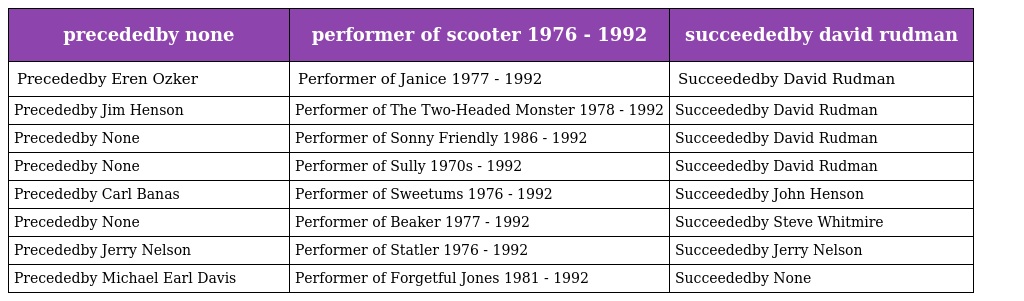
| precededby none | performer of scooter 1976 - 1992 | succeededby david rudman |
 | --- | --- | --- |
 | Precededby Eren Ozker | Performer of Janice 1977 - 1992 | Succeededby David Rudman |
 | Precededby Jim Henson | Performer of The Two-Headed Monster 1978 - 1992 | Succeededby David Rudman |
 | Precededby None | Performer of Sonny Friendly 1986 - 1992 | Succeededby David Rudman |
 | Precededby None | Performer of Sully 1970s - 1992 | Succeededby David Rudman |
 | Precededby Carl Banas | Performer of Sweetums 1976 - 1992 | Succeededby John Henson |
 | Precededby None | Performer of Beaker 1977 - 1992 | Succeededby Steve Whitmire |
 | Precededby Jerry Nelson | Performer of Statler 1976 - 1992 | Succeededby Jerry Nelson |
 | Precededby Michael Earl Davis | Performer of Forgetful Jones 1981 - 1992 | Succeededby None |